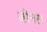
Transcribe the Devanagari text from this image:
जीनरा